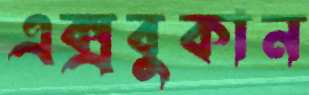
এক্সবুকান